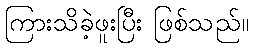
ကြားသိခဲ့ဖူးပြီး ဖြစ်သည်။